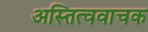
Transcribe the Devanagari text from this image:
अस्तित्ववाचक